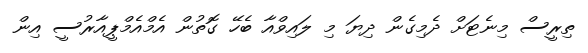
ތިރީސް މިނެޓަށް ދެމިގެން ދިޔަ މި ލައިވްއާ ބެހޭ ގޮތުން އެމްއެމްޕީއާރުސީ އިން